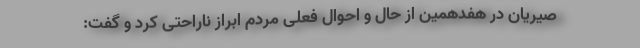
صیریان در هفدهمین از حال و احوال فعلی مردم ابراز ناراحتی کرد و گفت: